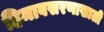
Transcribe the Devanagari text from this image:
हिमावसरणाखाली